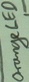
Text: Orange LED